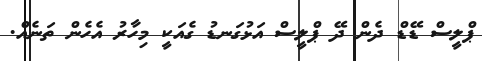
ޕްލީސް ޑޭޑް ދެން ދޭ ޕްލީސް އަޅުގަނޑު ގެއަކީ މިހާރު އެހެން ތަނެއް.